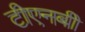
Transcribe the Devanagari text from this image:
टीएनबी